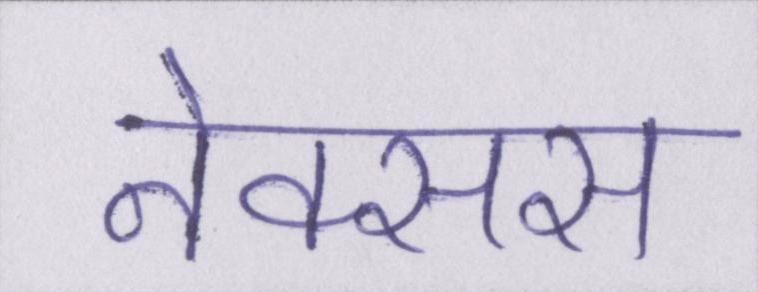
नेक्सस